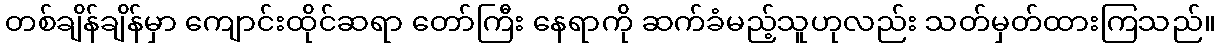
တစ်ချိန်ချိန်မှာ ကျောင်းထိုင်ဆရာ တော်ကြီး နေရာကို ဆက်ခံမည့်သူဟုလည်း သတ်မှတ်ထားကြသည်။